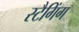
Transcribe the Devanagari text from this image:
स्टैगिंग